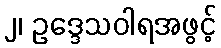
၂၊ ဥဒ္ဒေသဝါရအဖွင့်